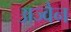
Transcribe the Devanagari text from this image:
अज्वैन